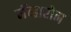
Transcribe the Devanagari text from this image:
नॅव्हारोन